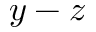
y - z